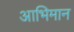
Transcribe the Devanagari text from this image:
आभिमान